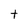
Character: t